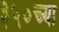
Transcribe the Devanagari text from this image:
३५०च्या